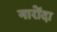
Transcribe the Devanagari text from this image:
नारोंदा